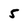
Character: 5